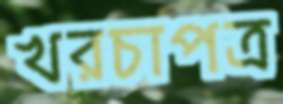
খরচাপত্র